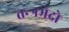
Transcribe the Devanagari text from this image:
तन्त्रभेदो